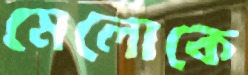
মেলোকে